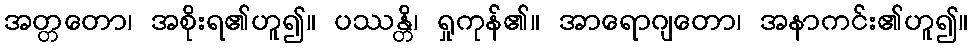
အတ္တတော၊ အစိုးရ၏ဟူ၍။ ပဿန္တိ၊ ရှုကုန်၏။ အာရောဂျတော၊ အနာကင်း၏ဟူ၍။